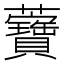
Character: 𧅤